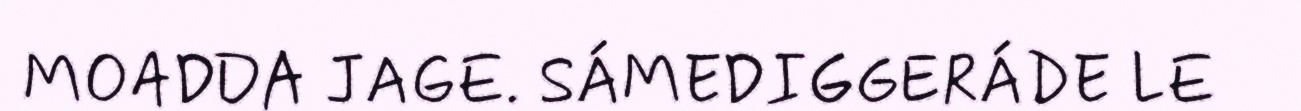
MOADDA JAGE. SÁMEDIGGERÁDE LE